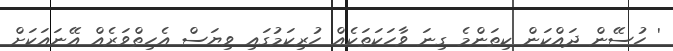
' ހުސޭން ދައްކަން ކިތަންމެ ގިނަ ވާހަކަތަކެއް ހުރިކަމުގައި ވިޔަސް އެހިތްވަރެއް އޭނައަކަށް